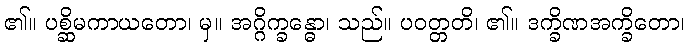
၏။ ပစ္ဆိမကာယတော၊ မှ။ အဂ္ဂိက္ခန္ဓော၊ သည်။ ပဝတ္တတိ၊ ၏။ ဒက္ခိဏအက္ခိတော၊